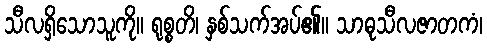
သီလရှိသောသူကို။ ရုစ္စတိ၊ နှစ်သက်အပ်၏။ သာဓုသီလဇာတကံ၊